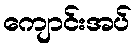
ကျောင်းအပ်